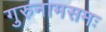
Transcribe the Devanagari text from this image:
गुरुनामसमः